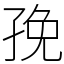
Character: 㝃